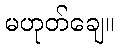
မဟုတ်ချေ။